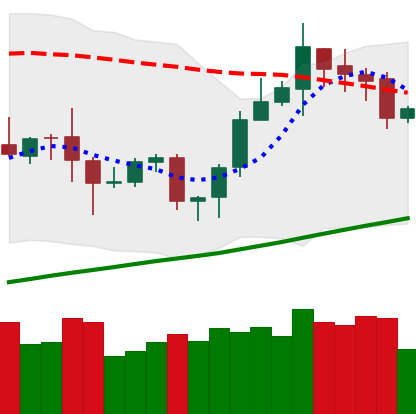
Ticker: ETH-USD
Chart end date: 2020-10-17
Forward return: 12.177%
Label: up_7plus